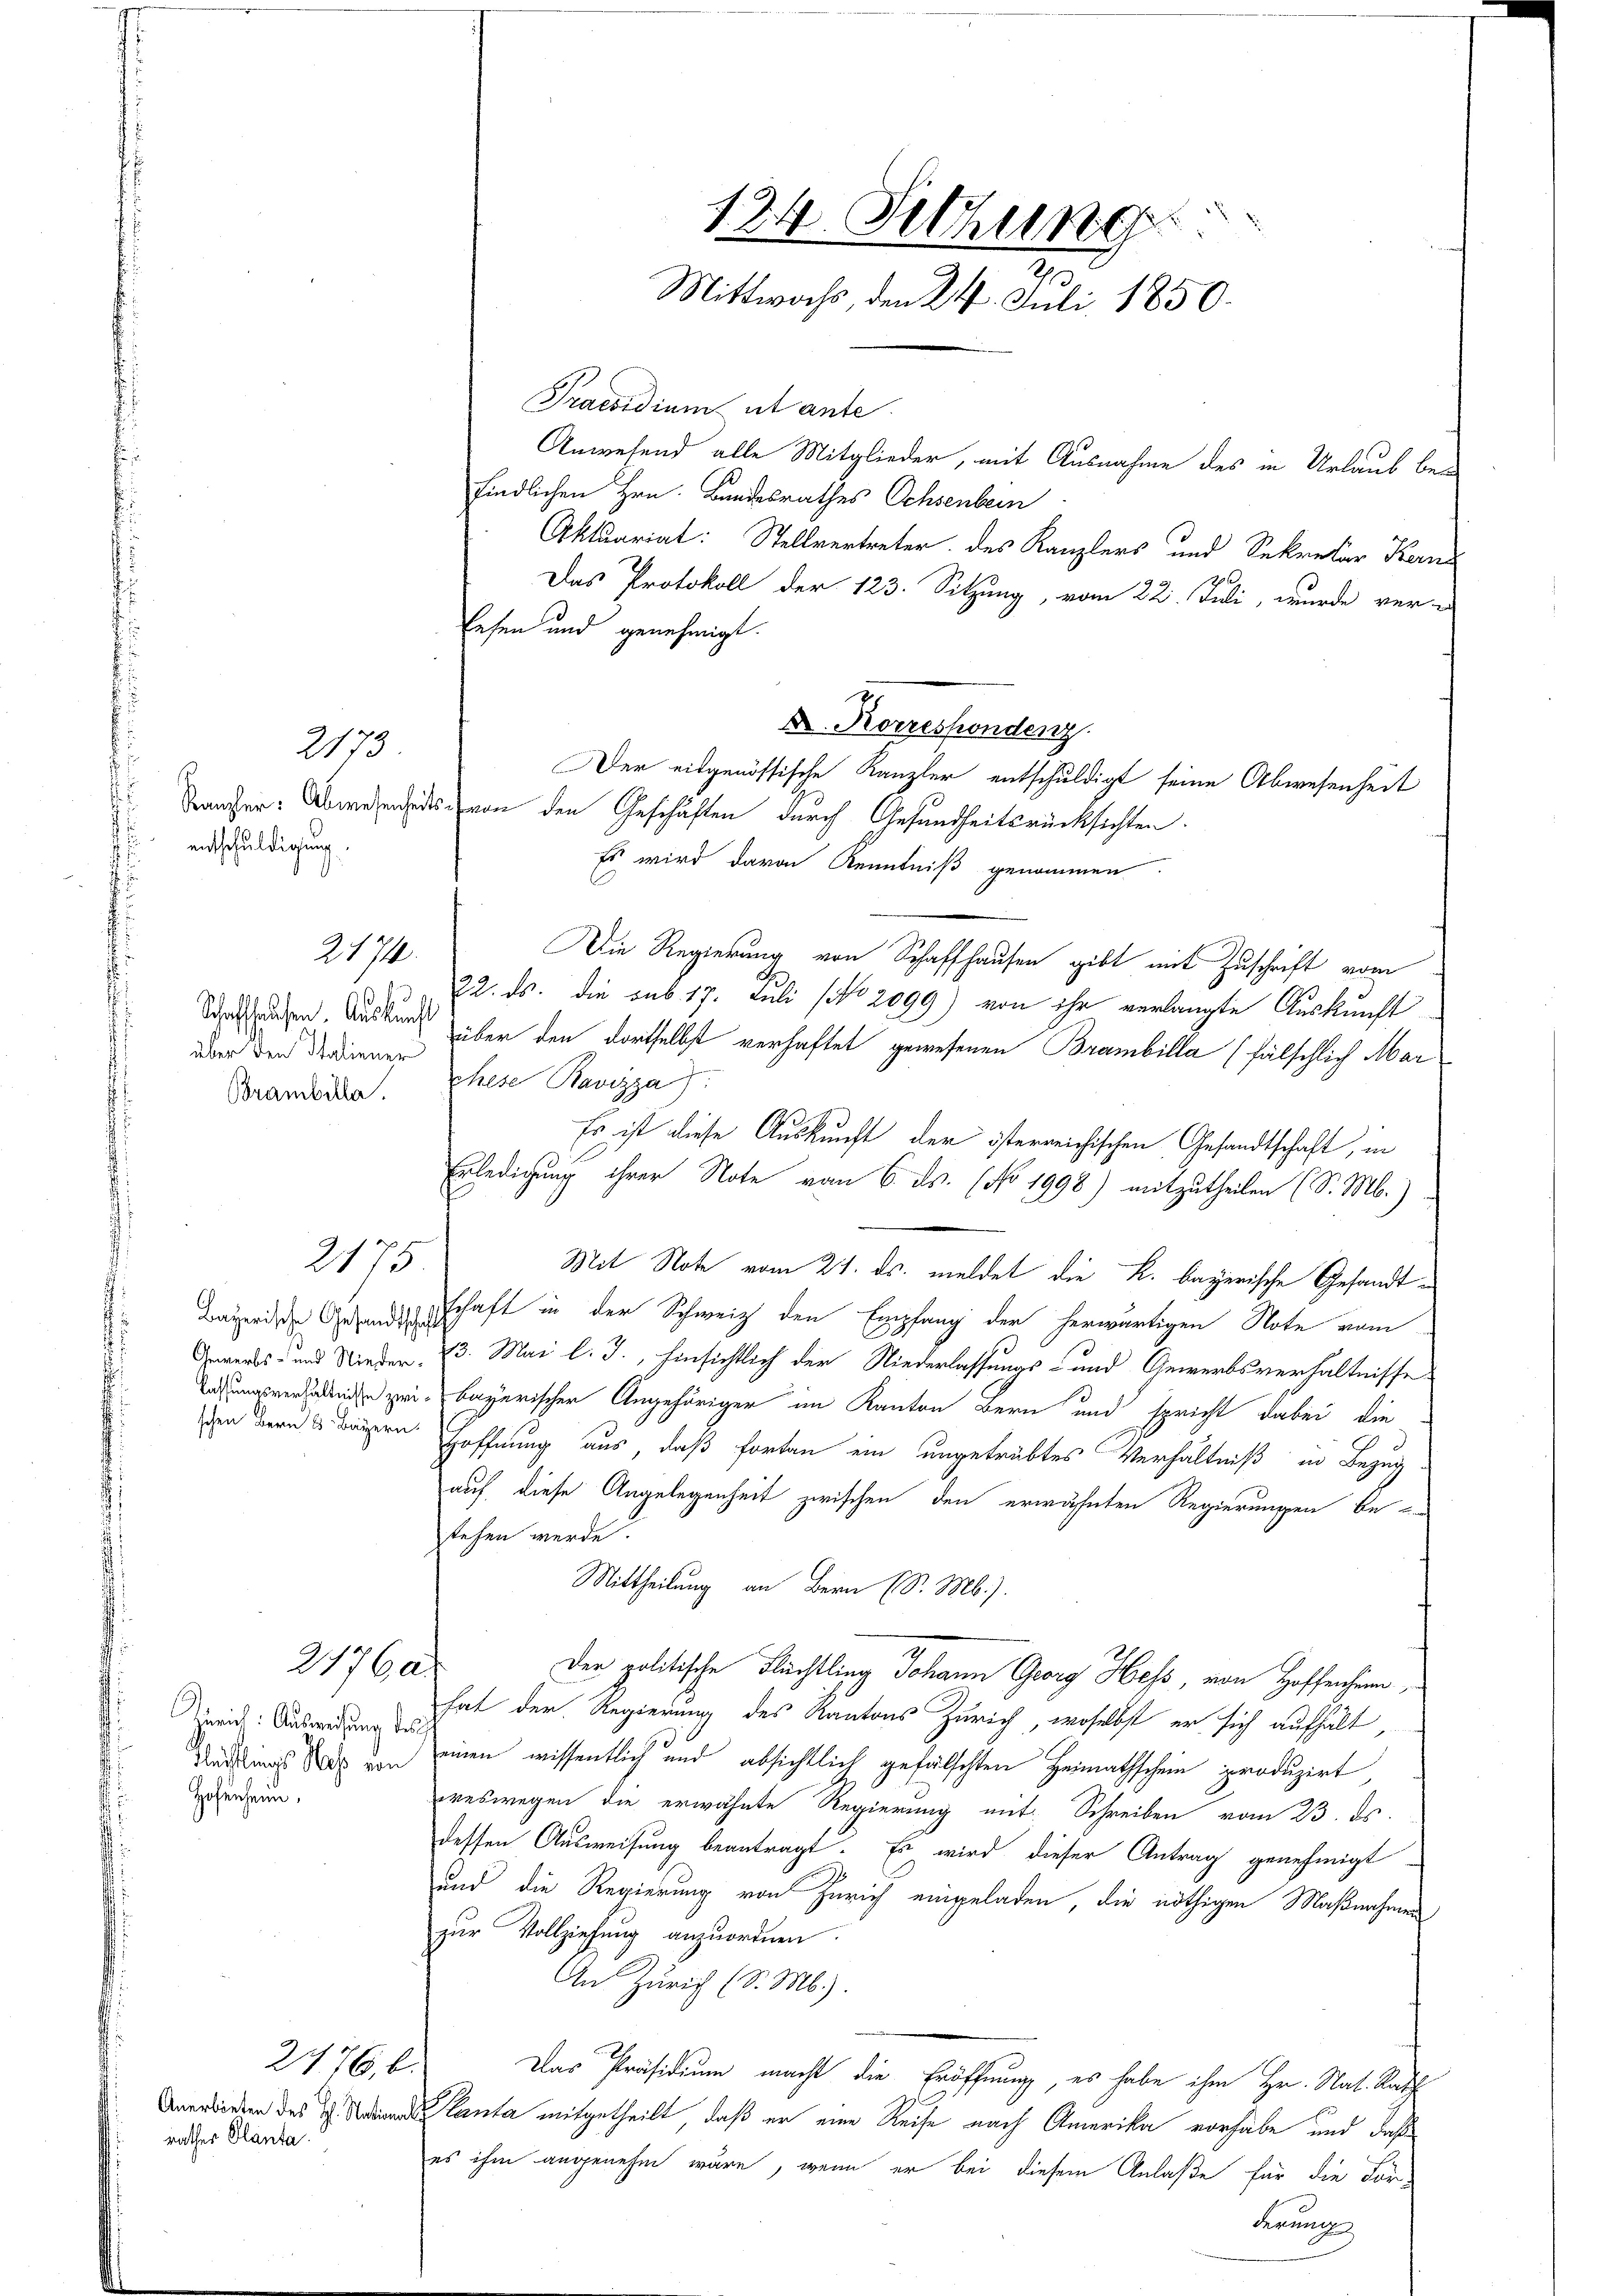
2173
entschuldigung.
G.

2170
Schaffhausen. Auskunft
über den Italiener
Brambilla.

Bayerische Gesandtsche
Gewerbs- und Niederschen Bern Bayern.

2175

2176 a

Zürich: Ausweisung des
Fleistlings Maß von
Hofenhein,

Anerbieten des H. National
rathes Planta.

2476, b.

124. Fethun
Mittwochs, den 24. Juli 1850.

Praesidium et ante
findlichen Hrn. Bandesrathes Ochsenbein
Aktuariat: Stellvertreter des Kanzlers und Sekretär Kern
Das Protokoll der 123. Sitzung, vom 22. Juli, wurde ver-
lesen und genehmigt.
X. Korrespondenz
Der eidgenössische Kanzler entschuldigt seine Abwesenheit
ner von den Geschäften durch Gesundheitsrücksichten.
Es wird davon Kenntniß genommen.
Die Regierung von Schaffhausen gibt mit Zuschrift vom
22. ds. die sub 17. Juli (No 2099) von ihr verlangte Auskunft
über den dortselbst verhaftet gewesenen Brambilla (fälschlich Mar
Chese Ravizza
Es ist diese Auskunft der österreichischen Gesandtschaft, in
Erledigung ihrer Note vom 6. ds. (No 1998) mitzutheilen (S. M.)
Mit Note vom 21. ds. meldet die K. bayerische Gesandtschaft in der Schweiz den Empfang der herwärtigen Note vom
13. Mai l. J., hinsichtlich der Niederlassungs- und Gewerbsverhältnisse
lassungsverladenie zei-bayerischer Angehöriger im Kanton Bern und spricht dabei die
Hoffnung aus, daß fortan ein ungetrübtes Verhältniß in Bezug
auf, diese Angelegenheit zwischen den erwähnten Regierungen be-
stehen werde.
Mittheilung an Bern (S. M.).
Der politische Flüchtling Johann Georg Hess, von Hoffenheim
hat der Regierung des Kantons Zürich, woselbst er sich aufhält,
einen wissentlich und absichtlich gefälschten Heimathschein produzirt,
weswegen die erwähnte Regierung mit Schreiben vom 23. ds.
dessen Ausweisung beantragt. Es wird dieser Antrag genehmigt
und die Regierung von Zürich eingeladen, die nöthigen Maßnahmen
zur Vollziehung anzuordnen.
An Zürich (S. Mb.).
Das Präsidium macht die Eröffnung, es habe ihm Hr. Nat. Rath
Planta mitgetheilt, daß er eine Reise nach Amerika vorhabe und daß
es ihm angenehm wäre, wenn er bei diesem Anlaße für die Forderung

Anwesend alle Mitglieder, mit Ausnahme des in Urlaub be¬